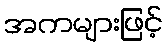
အကများဖြင့်